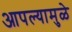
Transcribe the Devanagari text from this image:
आपल्यामुळे